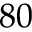
8 0